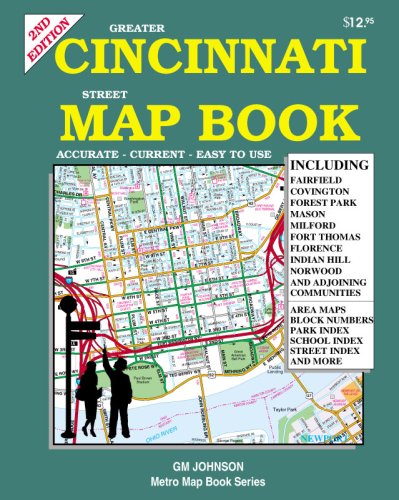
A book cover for Greater Cincinnati Mapbook; GM Johnson & Associates Ltd.; Travel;